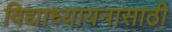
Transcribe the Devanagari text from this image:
विद्याध्यायनासाठी